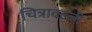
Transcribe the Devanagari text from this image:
चित्रावल्ली